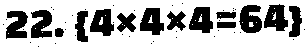
22. {4×4×4=64}